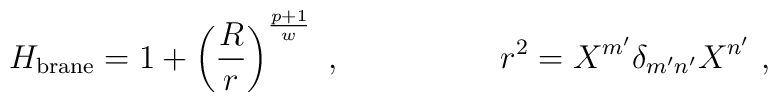
H_{\rm brane} = 1+ \left ({R\over r}\right )^{p+1\over w}\ ,\hskip 2 cmr^2=X^{m'}\delta_{m'n'} X^{n'}  \ ,